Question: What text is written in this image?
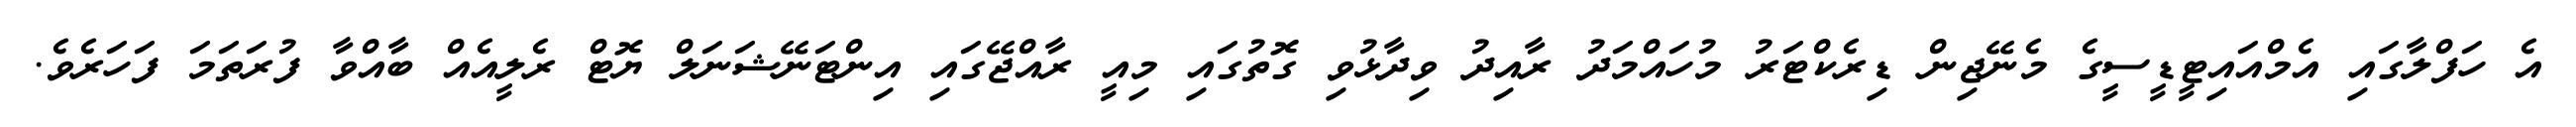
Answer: އެ ހަފްލާގައި އެމްއައިޓީޑީސީގެ މެނޭޖިން ޑިރެކްޓަރު މުހައްމަދު ރާއިދު ވިދާޅުވި ގޮތުގައި މިއީ ރާއްޖޭގައި އިންޓަނޭޝަނަލް ޔޮޓް ރެލީއެއް ބާއްވާ ފުރަތަމަ ފަހަރެވެ.